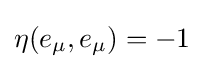
\eta (e_{\mu },e_{\mu })=-1